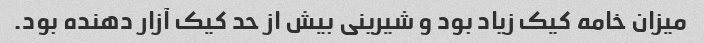
میزان خامه کیک زیاد بود و شیرینی بیش از حد کیک آزار دهنده بود.